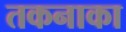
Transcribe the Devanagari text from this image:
तकनाका